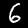
Label: 6